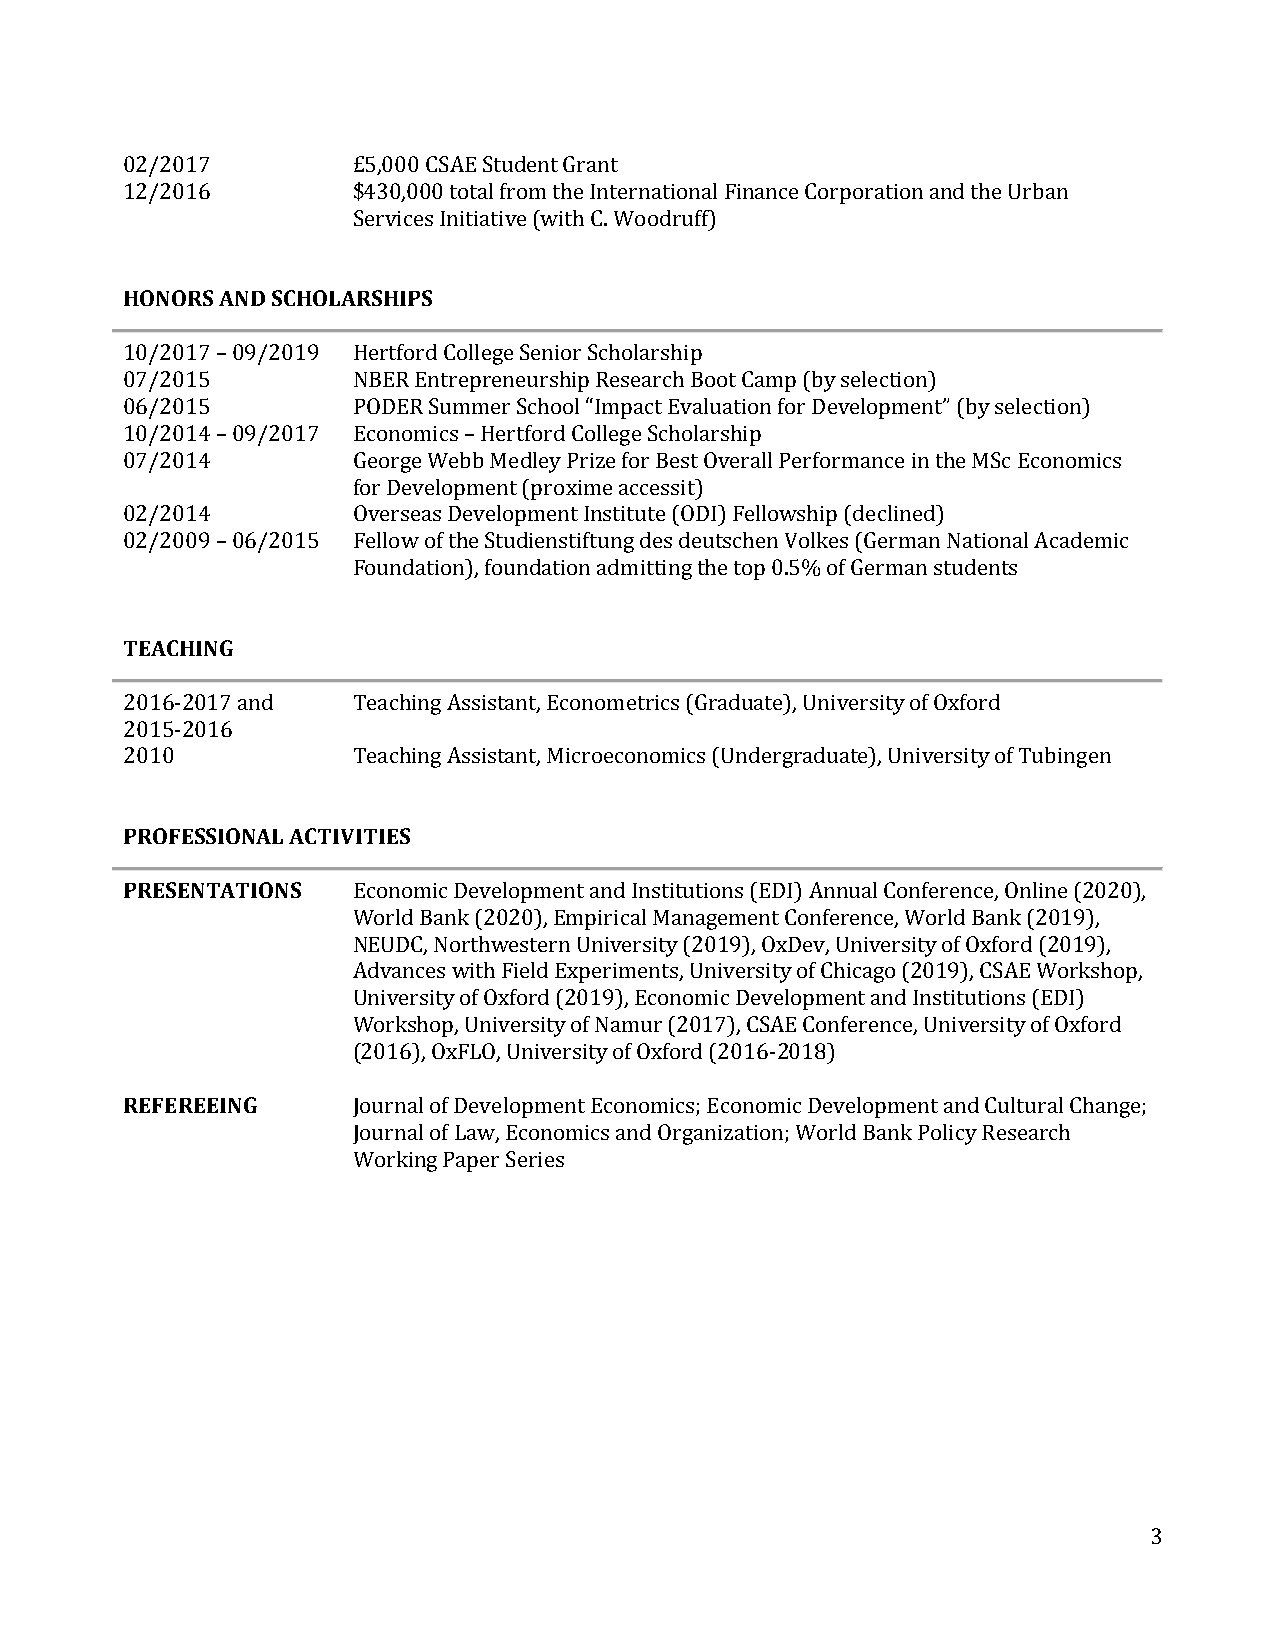
02/2017        £5,000 CSAE Student Grant
 12/2016        $430,000 total from the International Finance Corporation and the Urban
 Services Initiative (with C. Woodruff)
 HONORS AND SCHOLARSHIPS
 10/2017 – 09/2019 Hertford College Senior Scholarship
 07/2015        NBER Entrepreneurship Research Boot Camp (by selection)
 06/2015        PODER Summer School “Impact Evaluation for Development” (by selection)
 10/2014 – 09/2017 Economics – Hertford College Scholarship
 07/2014        George Webb Medley Prize for Best Overall Performance in the MSc Economics
 for Development (proxime accessit)
 02/2014        Overseas Development Institute (ODI) Fellowship (declined)
 02/2009 – 06/2015 Fellow of the Studienstiftung des deutschen Volkes (German National Academic
 Foundation), foundation admitting the top 0.5% of German students
 TEACHING
 2016-2017 and  Teaching Assistant, Econometrics (Graduate), University of Oxford
 2015-2016
 2010           Teaching Assistant, Microeconomics (Undergraduate), University of Tubingen
 PROFESSIONAL ACTIVITIES
 PRESENTATIONS  Economic Development and Institutions (EDI) Annual Conference, Online (2020),
 World Bank (2020), Empirical Management Conference, World Bank (2019),
 NEUDC, Northwestern University (2019), OxDev, University of Oxford (2019),
 Advances with Field Experiments, University of Chicago (2019), CSAE Workshop,
 University of Oxford (2019), Economic Development and Institutions (EDI)
 Workshop, University of Namur (2017), CSAE Conference, University of Oxford
 (2016), OxFLO, University of Oxford (2016-2018)
 REFEREEING     Journal of Development Economics; Economic Development and Cultural Change;
 Journal of Law, Economics and Organization; World Bank Policy Research
 Working Paper Series
 3